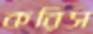
করিস